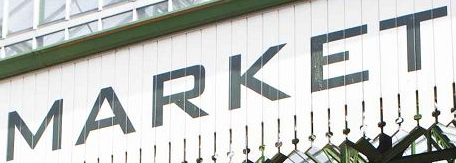
MARKET